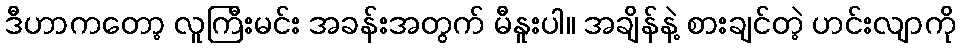
ဒီဟာကတော့ လူကြီးမင်း အခန်းအတွက် မီနူးပါ။ အချိန်နဲ့ စားချင်တဲ့ ဟင်းလျာကို